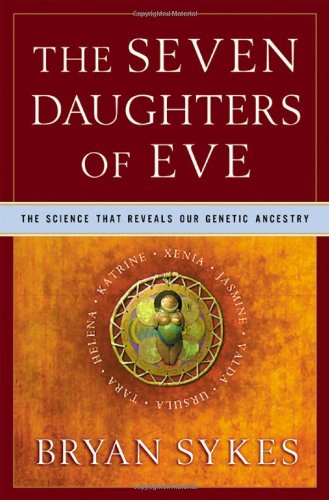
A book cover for The Seven Daughters of Eve: The Science That Reveals Our Genetic Ancestry; Bryan Sykes; Computers & Technology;